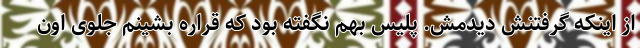
از اینکه گرفتنش دیدمش. پلیس بهم نگفته بود که قراره بشینم جلوی اون